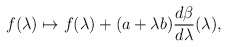
\begin{align*}f(\lambda)\mapsto f(\lambda)+(a+\lambda b)\frac{d\beta}{d\lambda}(\lambda),\end{align*}